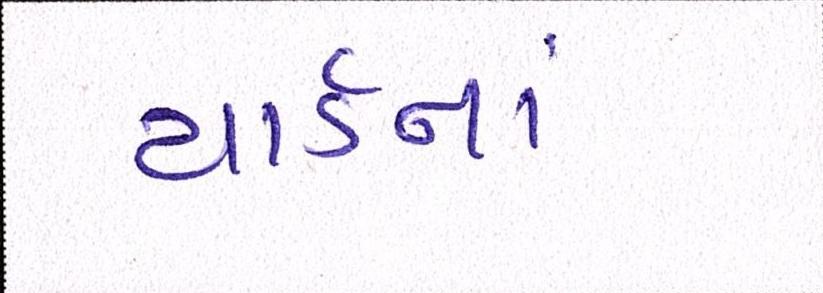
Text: યાર્ડનાં